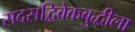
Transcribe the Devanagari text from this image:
सदसद्विवेकबुद्धीला